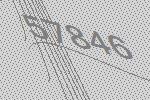
57846